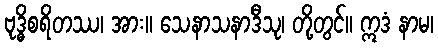
ဗုဒ္ဓိစရိတဿ၊ အား။ သေနာသနာဒီသု၊ တို့တွင်။ ဣဒံ နာမ၊